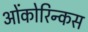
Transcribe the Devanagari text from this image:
ओंकोरिन्कस